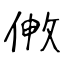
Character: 敒